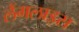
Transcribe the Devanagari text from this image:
लैंगलाइस